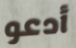
أدعو